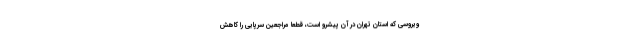
ویروسی که استان تهران در آن پیشرو است، قطعا مراجعین سرپایی را کاهش